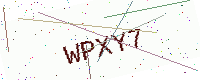
Text: WPXY7